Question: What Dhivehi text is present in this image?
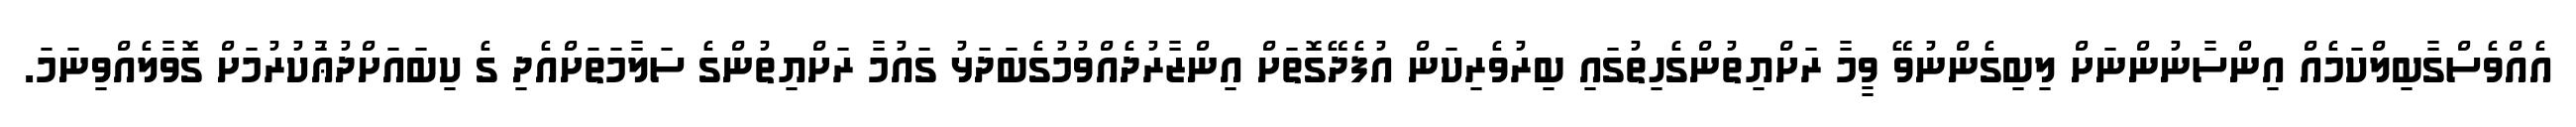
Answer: އެއްވެސްގާބިލްކަމެއް އިންސާނުންނަށް ލިބިގެންނުވޭ ވީމާ ރަށްޔިތުންގެހިތުގައި ބިރުވެރިކަން އުފެދޭގޮތަށް އިންޒާރުދެއްވުމުގެބަދަޅު ގައުމާ ރަށްޔިތުންގެ ސަލާމަތަށްއެދި ގެ ކިބައަށްދުޢާުކުރުމަށް ގޮވާލެއްވިނަމަ.